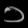
Digit: ၁